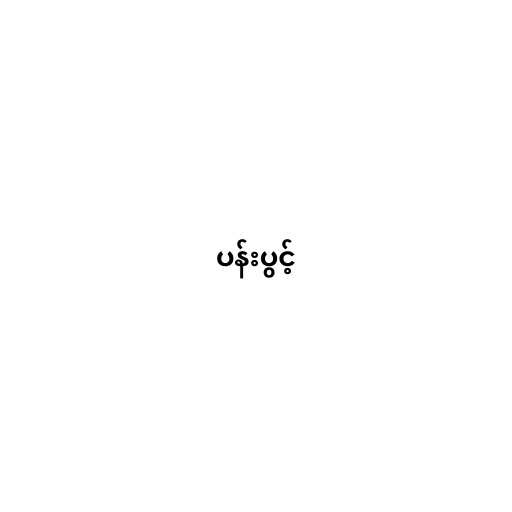
ပန်းပွင့်